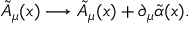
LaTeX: \tilde { A } _ { \mu } ( x ) \longrightarrow \tilde { A } _ { \mu } ( x ) + \partial _ { \mu } \tilde { \alpha } ( x ) .